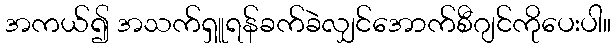
အကယ်၍ အသက်ရှူရန်ခက်ခဲလျှင်အောက်စီဂျင်ကိုပေးပါ။